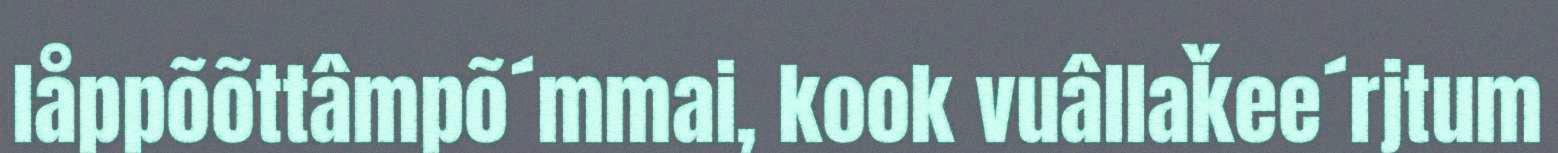
låppõõttâmpõ´mmai, kook vuâllaǩee´rjtum